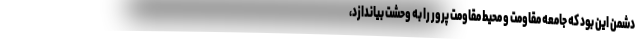
دشمن این بود که جامعه مقاومت و محیط مقاومت پرور را به وحشت بیاندازد،